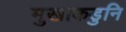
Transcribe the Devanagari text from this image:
मुखाकडुनि